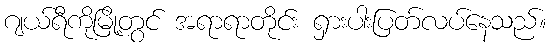
ဂျယ်ရီကိုမြို့တွင် အရာရာတိုင်း ရှားပါးပြတ်လပ်နေသည်။